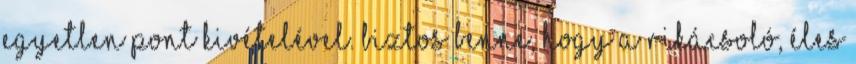
egyetlen pont kivételével. Biztos benne, hogy a rikácsoló, éles